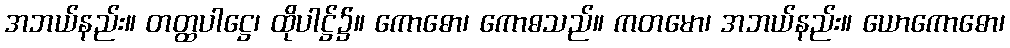
အဘယ်နည်း။ တတ္ထပါဋ္ဌေ၊ ထိုပါဋ္ဌ်၌။ ကောဓော၊ ကောဓသည်။ ကတမော၊ အဘယ်နည်း။ ယောကောဓော၊